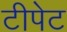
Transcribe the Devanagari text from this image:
टीपेट